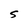
Character: S